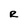
Character: R